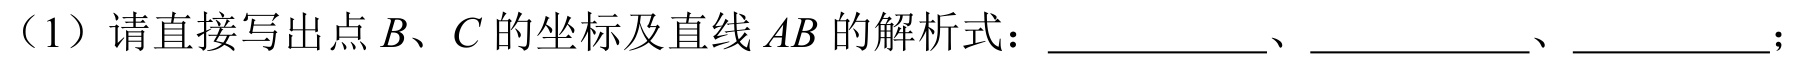
（1）请直接写出点\(B\)、\(C\)的坐标及直线\(AB\)的解析式：___________、___________、__________；